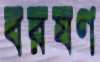
বরষণ